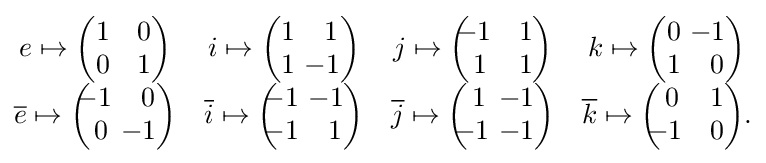
{\begin{matrix}e\mapsto {\begin{pmatrix}1&0\\0&1\end{pmatrix}}&i\mapsto {\begin{pmatrix}1&1\\1&\!\!\!\!-1\end{pmatrix}}&j\mapsto {\begin{pmatrix}\!\!\!-1&1\\1&1\end{pmatrix}}&k\mapsto {\begin{pmatrix}0&\!\!\!\!-1\\1&0\end{pmatrix}}\\{\overline {e}}\mapsto {\begin{pmatrix}\!\!\!-1&0\\0&\!\!\!\!-1\end{pmatrix}}&{\overline {i}}\mapsto {\begin{pmatrix}\!\!\!-1&\!\!\!\!-1\\\!\!\!-1&1\end{pmatrix}}&{\overline {j}}\mapsto {\begin{pmatrix}1&\!\!\!\!-1\\\!\!\!-1&\!\!\!\!-1\end{pmatrix}}&{\overline {k}}\mapsto {\begin{pmatrix}0&1\\\!\!\!-1&0\end{pmatrix}}.\end{matrix}}